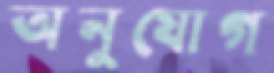
অনুযোগ